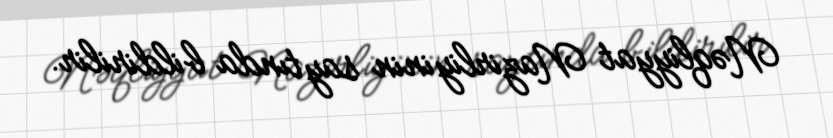
Nəqliyyat Nazirliyinin saytında bildirilir.